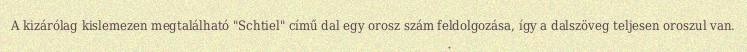
A kizárólag kislemezen megtalálható "Schtiel" című dal egy orosz szám feldolgozása, így a dalszöveg teljesen oroszul van.